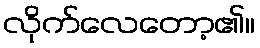
လိုက်လေတော့၏။